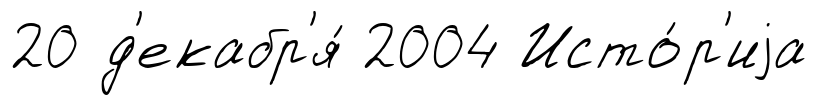
20 д'екабр'я́ 2004 Исто́р'иjа